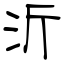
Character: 沂